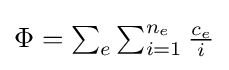
\textstyle \Phi =\sum _{e}\sum _{i=1}^{n_{e}}{\frac {c_{e}}{i}}